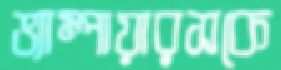
ভ্যাম্পায়ারসকে